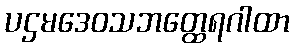
ပဌမဒေဝသဘတ္ထေရဂါထာ